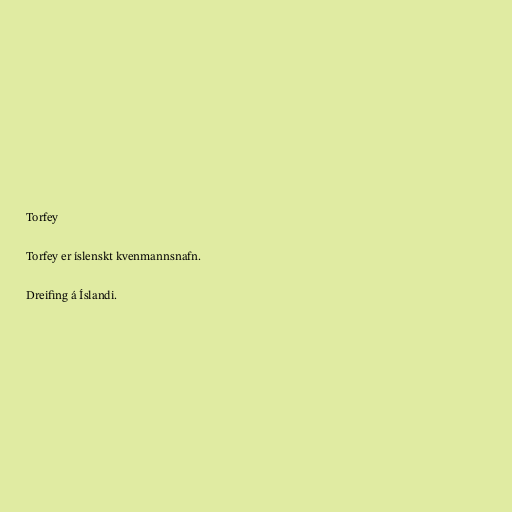
Torfey

Torfey er íslenskt kvenmannsnafn.

Dreifing á Íslandi.